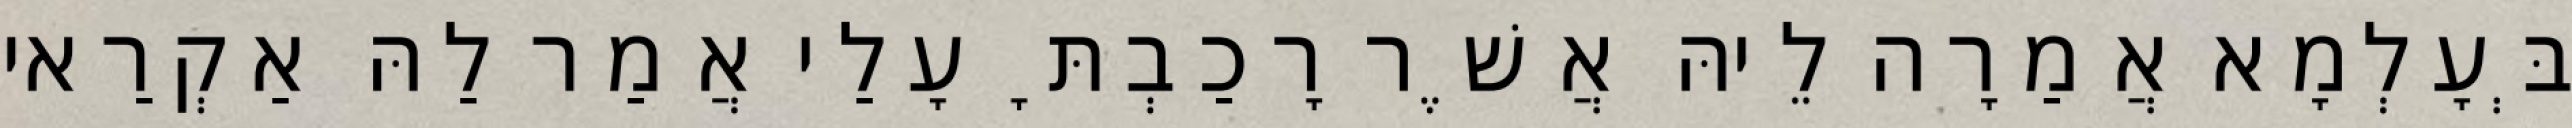
בְּעָלְמָא אֲמַרָה לֵיהּ אֲשֶׁר רָכַבְתָּ עָלַי אֲמַר לַהּ אַקְרַאי